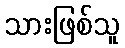
သားဖြစ်သူ